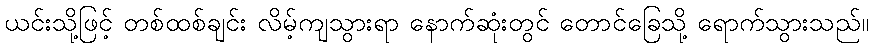
ယင်းသို့ဖြင့် တစ်ထစ်ချင်း လိမ့်ကျသွားရာ နောက်ဆုံးတွင် တောင်ခြေသို့ ရောက်သွားသည်။